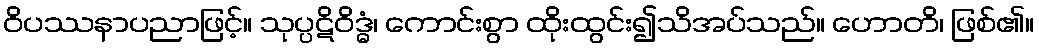
ဝိပဿနာပညာဖြင့်။ သုပ္ပဋိဝိဒ္ဓံ၊ ကောင်းစွာ ထိုးထွင်း၍သိအပ်သည်။ ဟောတိ၊ ဖြစ်၏။